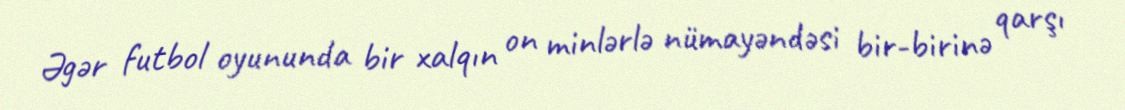
Əgər futbol oyununda bir xalqın on minlərlə nümayəndəsi bir-birinə qarşı